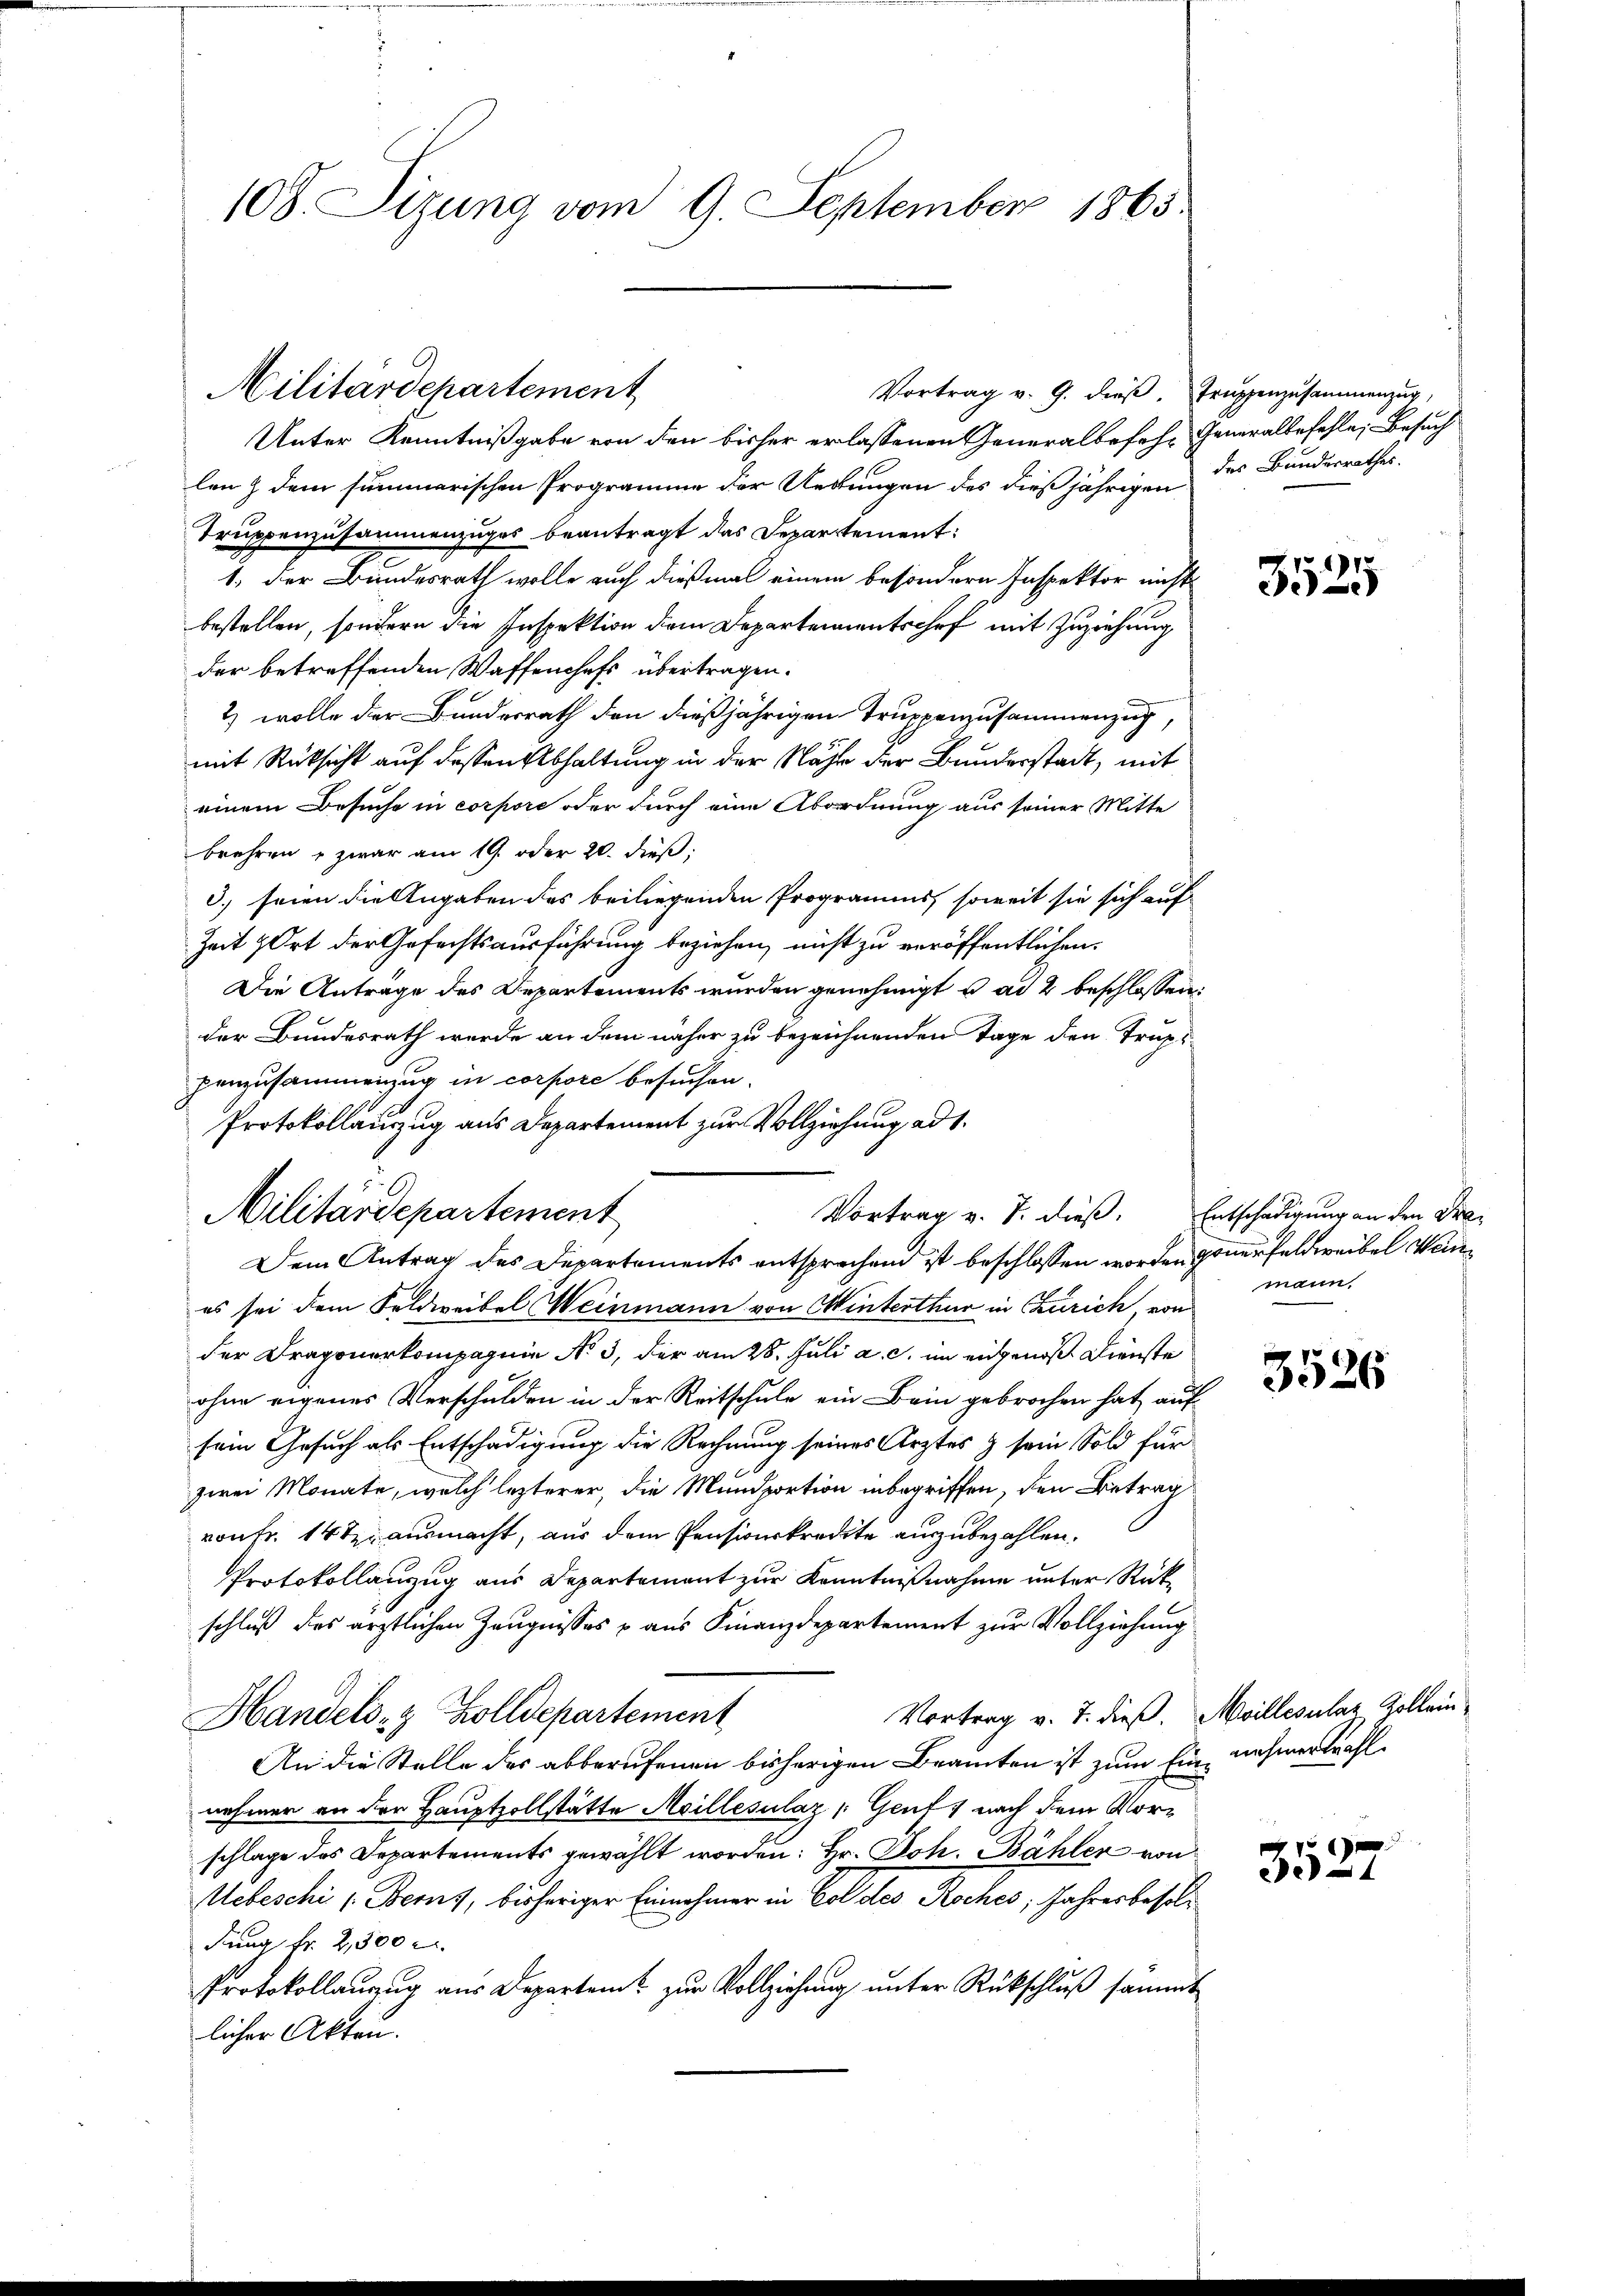
108. Sizung vom 9. September 1865

Militärdepartement

Vortrag v. J. dieß. Entschädigung an den Fa¬

Vortrag v. G. dieβ. Truppenzusammenzug,
Unter Kenntnißgabe von den bisher erlassenen Generalbefehr Generalbefehle, Besuch
len & dem summarischen Programme der Uebungen des dießjährigen
Truppenzusammenzuges beantragt das Departement:
1.) Der Bundesrath wolle auch dießmal einem besondern Inspektor nicht
bestellen, sondern die Inspektion dem Departementschef mit Zuziehung
der betreffenden Waffenchefs übertragen.
2) wolle der Bundesrath den dießjährigen Truppenzusammenzug
mit Rücksicht auf dessen Abhaltung in der Nähe der Bunderstadt, mit
einem Besuche in corpore oder durch eine Abordnung aus seiner Mitte
brehren u zwar am 19. oder 20. dieß:
d. seien die Angaben des beiliegenden Programms, soweit sie sich auf
Zeit Ort der Gefechtsausführung beziehen, nicht zu veröffentlichen
Die Anträge des Departements wurden genehmigt u. ad 2 beschlossen:
der Bundesrath werde an dem näher zu bezeichnenden Tage den Truppenzusammenzug in corpore besuchen.
Protokollauszug aus Departement zur Vollziehung ad 1.
Militärdepartement
Dem Antrag des Departements entsprechend ist beschlossen worden ponerfeldweibel Weines sei dem Feldweibel Weinmann von Winterthur in Czurich, von
der Dragonerkompagnie No 3, der am 28. Juli a. c. im eidgenoß Dienste
ohne eigenes Verschulden in der Reitschule ein Bein gebrochen hat, auf
sein Gesuch als Entschädigung die Rechnung seines Arztes & sein Sold für
zwei Monate, welch lezterer, die Mundportion inbegriffen, den Betrag
ronfr. 14 ten ausmacht, aus dem Pensionskredite auszubezahlen.
Protokollanzug aus Departement zur Kenntnißnahme unter Rückschluß des ärztlichen Zeugnisses & aus Finanzdepartement zur Vollziehung
Vortrag v. J. dieß. Meillesalaz Zollein
Handels- & Zolldepartement
An die Stelle des abberufenen bisherigen Beamten ist zum Ein nehmerzahl
nehmen an der Hauptzollstätte Meillesilaz /:Gent, nach dem Vorschlage das Departements gewählt worden: Hr. Joh. Bähler von
Mebeschi (Berns, bisheriger Einnahmer in Col des Roches, Jahresbesol¬
Fung fr. 2,500 r
Protokollauszug aus Departem zur Vollziehung unter Rückschluß sammt
licher Akten.

des Bundesrathes.

3525

mann

3526

3527